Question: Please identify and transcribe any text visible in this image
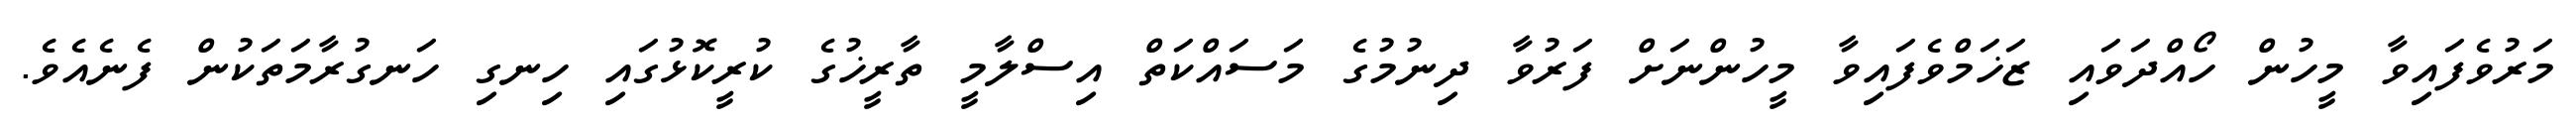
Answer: މަރުވެފައިވާ މީހުން ހޯއްދަވައި ޒަޚަމްވެފައިވާ މީހުންނަށް ފަރުވާ ދިނުމުގެ މަސައްކަތް އިސްލާމީ ތާރީޚުގެ ކުރީކޮޅުގައި ހިނގި ހަނގުރާމަތަކުން ފެނެއެވެ.